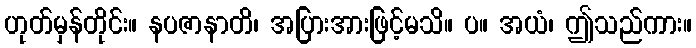
ဟုတ်မှန်တိုင်း။ နပဇာနာတိ၊ အပြားအားဖြင့်မသိ။ ပ။ အယံ၊ ဤသည်ကား။